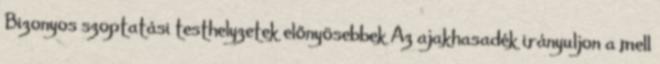
Bizonyos szoptatási testhelyzetek előnyösebbek Az ajakhasadék irányuljon a mell